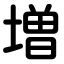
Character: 増